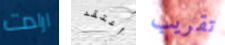
ارادت أعتقد تقريب